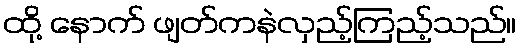
ထို့ နောက် ဖျတ်ကနဲလှည့်ကြည့်သည်။